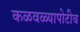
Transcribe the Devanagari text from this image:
कळवळ्यापोटीच